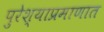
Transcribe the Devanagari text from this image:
पुरेश्याप्रमाणात